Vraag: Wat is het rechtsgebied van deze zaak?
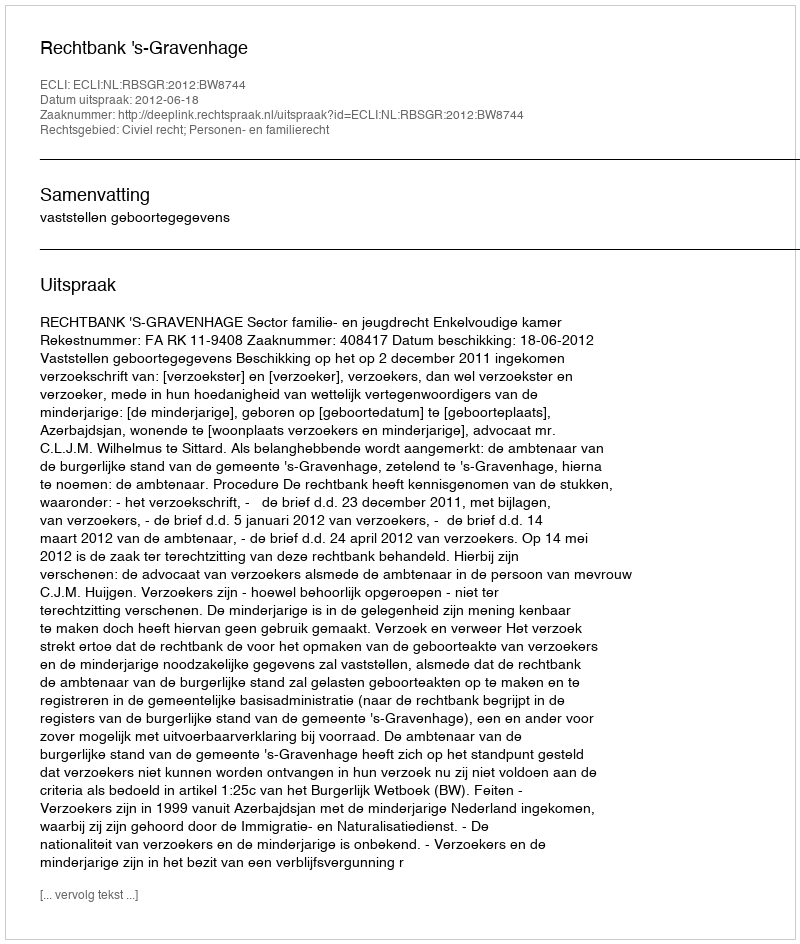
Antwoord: Civiel recht; Personen- en familierecht